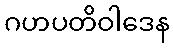
ဂဟပတိဝါဒေန